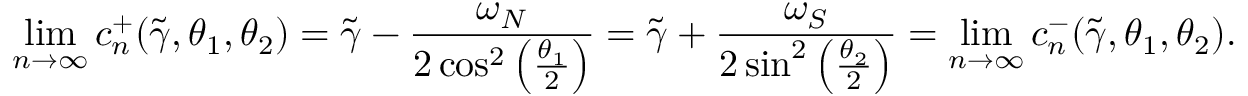
\operatorname* { l i m } _ { n \to \infty } c _ { n } ^ { + } ( \widetilde { \gamma } , \theta _ { 1 } , \theta _ { 2 } ) = \widetilde { \gamma } - \frac { \omega _ { N } } { 2 \cos ^ { 2 } \left( \frac { \theta _ { 1 } } { 2 } \right) } = \widetilde { \gamma } + \frac { \omega _ { S } } { 2 \sin ^ { 2 } \left( \frac { \theta _ { 2 } } { 2 } \right) } = \operatorname* { l i m } _ { n \to \infty } c _ { n } ^ { - } ( \widetilde { \gamma } , \theta _ { 1 } , \theta _ { 2 } ) .